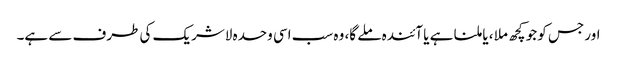
اور جس کو جو کچھ ملا ، یا ملنا ہے یا آئندہ ملے گا، وہ سب اسی وحدہ لاشریک کی طرف سے ہے۔